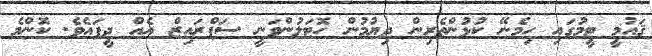
ޤައުމީ ޓީމުގައި ހިމެނޭ ކުޅުންތެރިން ދިޔުމުން ހޮޓަލުންވަނީ ސަޕްރައިޒް އެއް ދީފައެވެ. ކޮންމެ